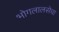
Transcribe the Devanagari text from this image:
भोगलालसेचा